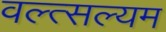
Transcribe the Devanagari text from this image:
वल्त्सल्यम